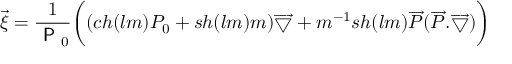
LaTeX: \overrightarrow { \xi } = \frac { 1 } { \textsf { P } _ { 0 } } \biggl ( ( c h ( l m ) P _ { 0 } + s h ( l m ) m ) \overrightarrow { \bigtriangledown } + m ^ { - 1 } s h ( l m ) \overrightarrow { P } ( \overrightarrow { P } . \overrightarrow { \bigtriangledown } ) \biggr )